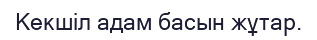
Кекшіл адам басын жұтар.